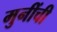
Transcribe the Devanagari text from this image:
मुनींची